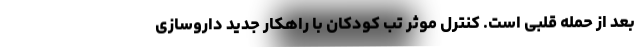
بعد از حمله قلبی است. کنترل موثر تب کودکان با راهکار جدید داروسازی